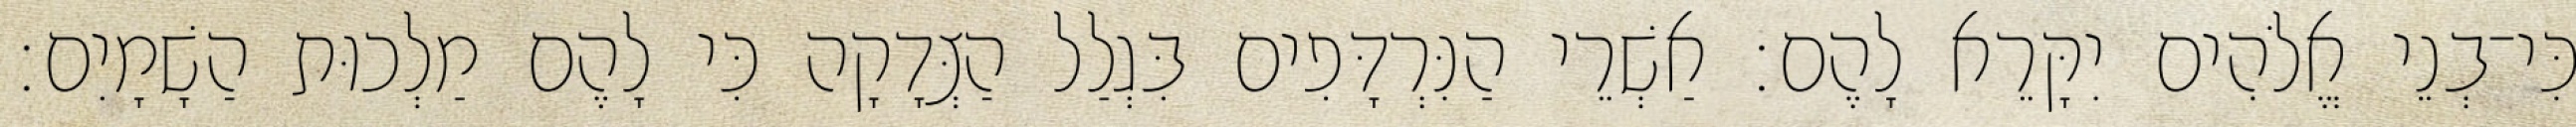
כִּי־בְנֵי אֱלֹהִים יִקָּרֵא לָהֶם׃ אַשְׁרֵי הַנִּרְדָּפִים בִּגְלַל הַצְּדָקָה כִּי לָהֶם מַלְכוּת הַשָׁמָיִם׃